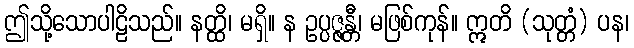
ဤသို့သောပါဠိသည်။ နတ္ထိ၊ မရှိ။ န ဥပ္ပဇ္ဇန္တီ၊ မဖြစ်ကုန်။ ဣတိ (သုတ္တံ) ပန၊